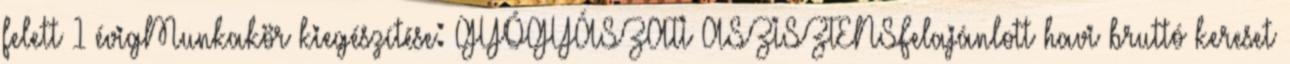
felett 1 évigMunkakör kiegészítése: GYÓGYÁSZATI ASZISZTENSFelajánlott havi bruttó kereset